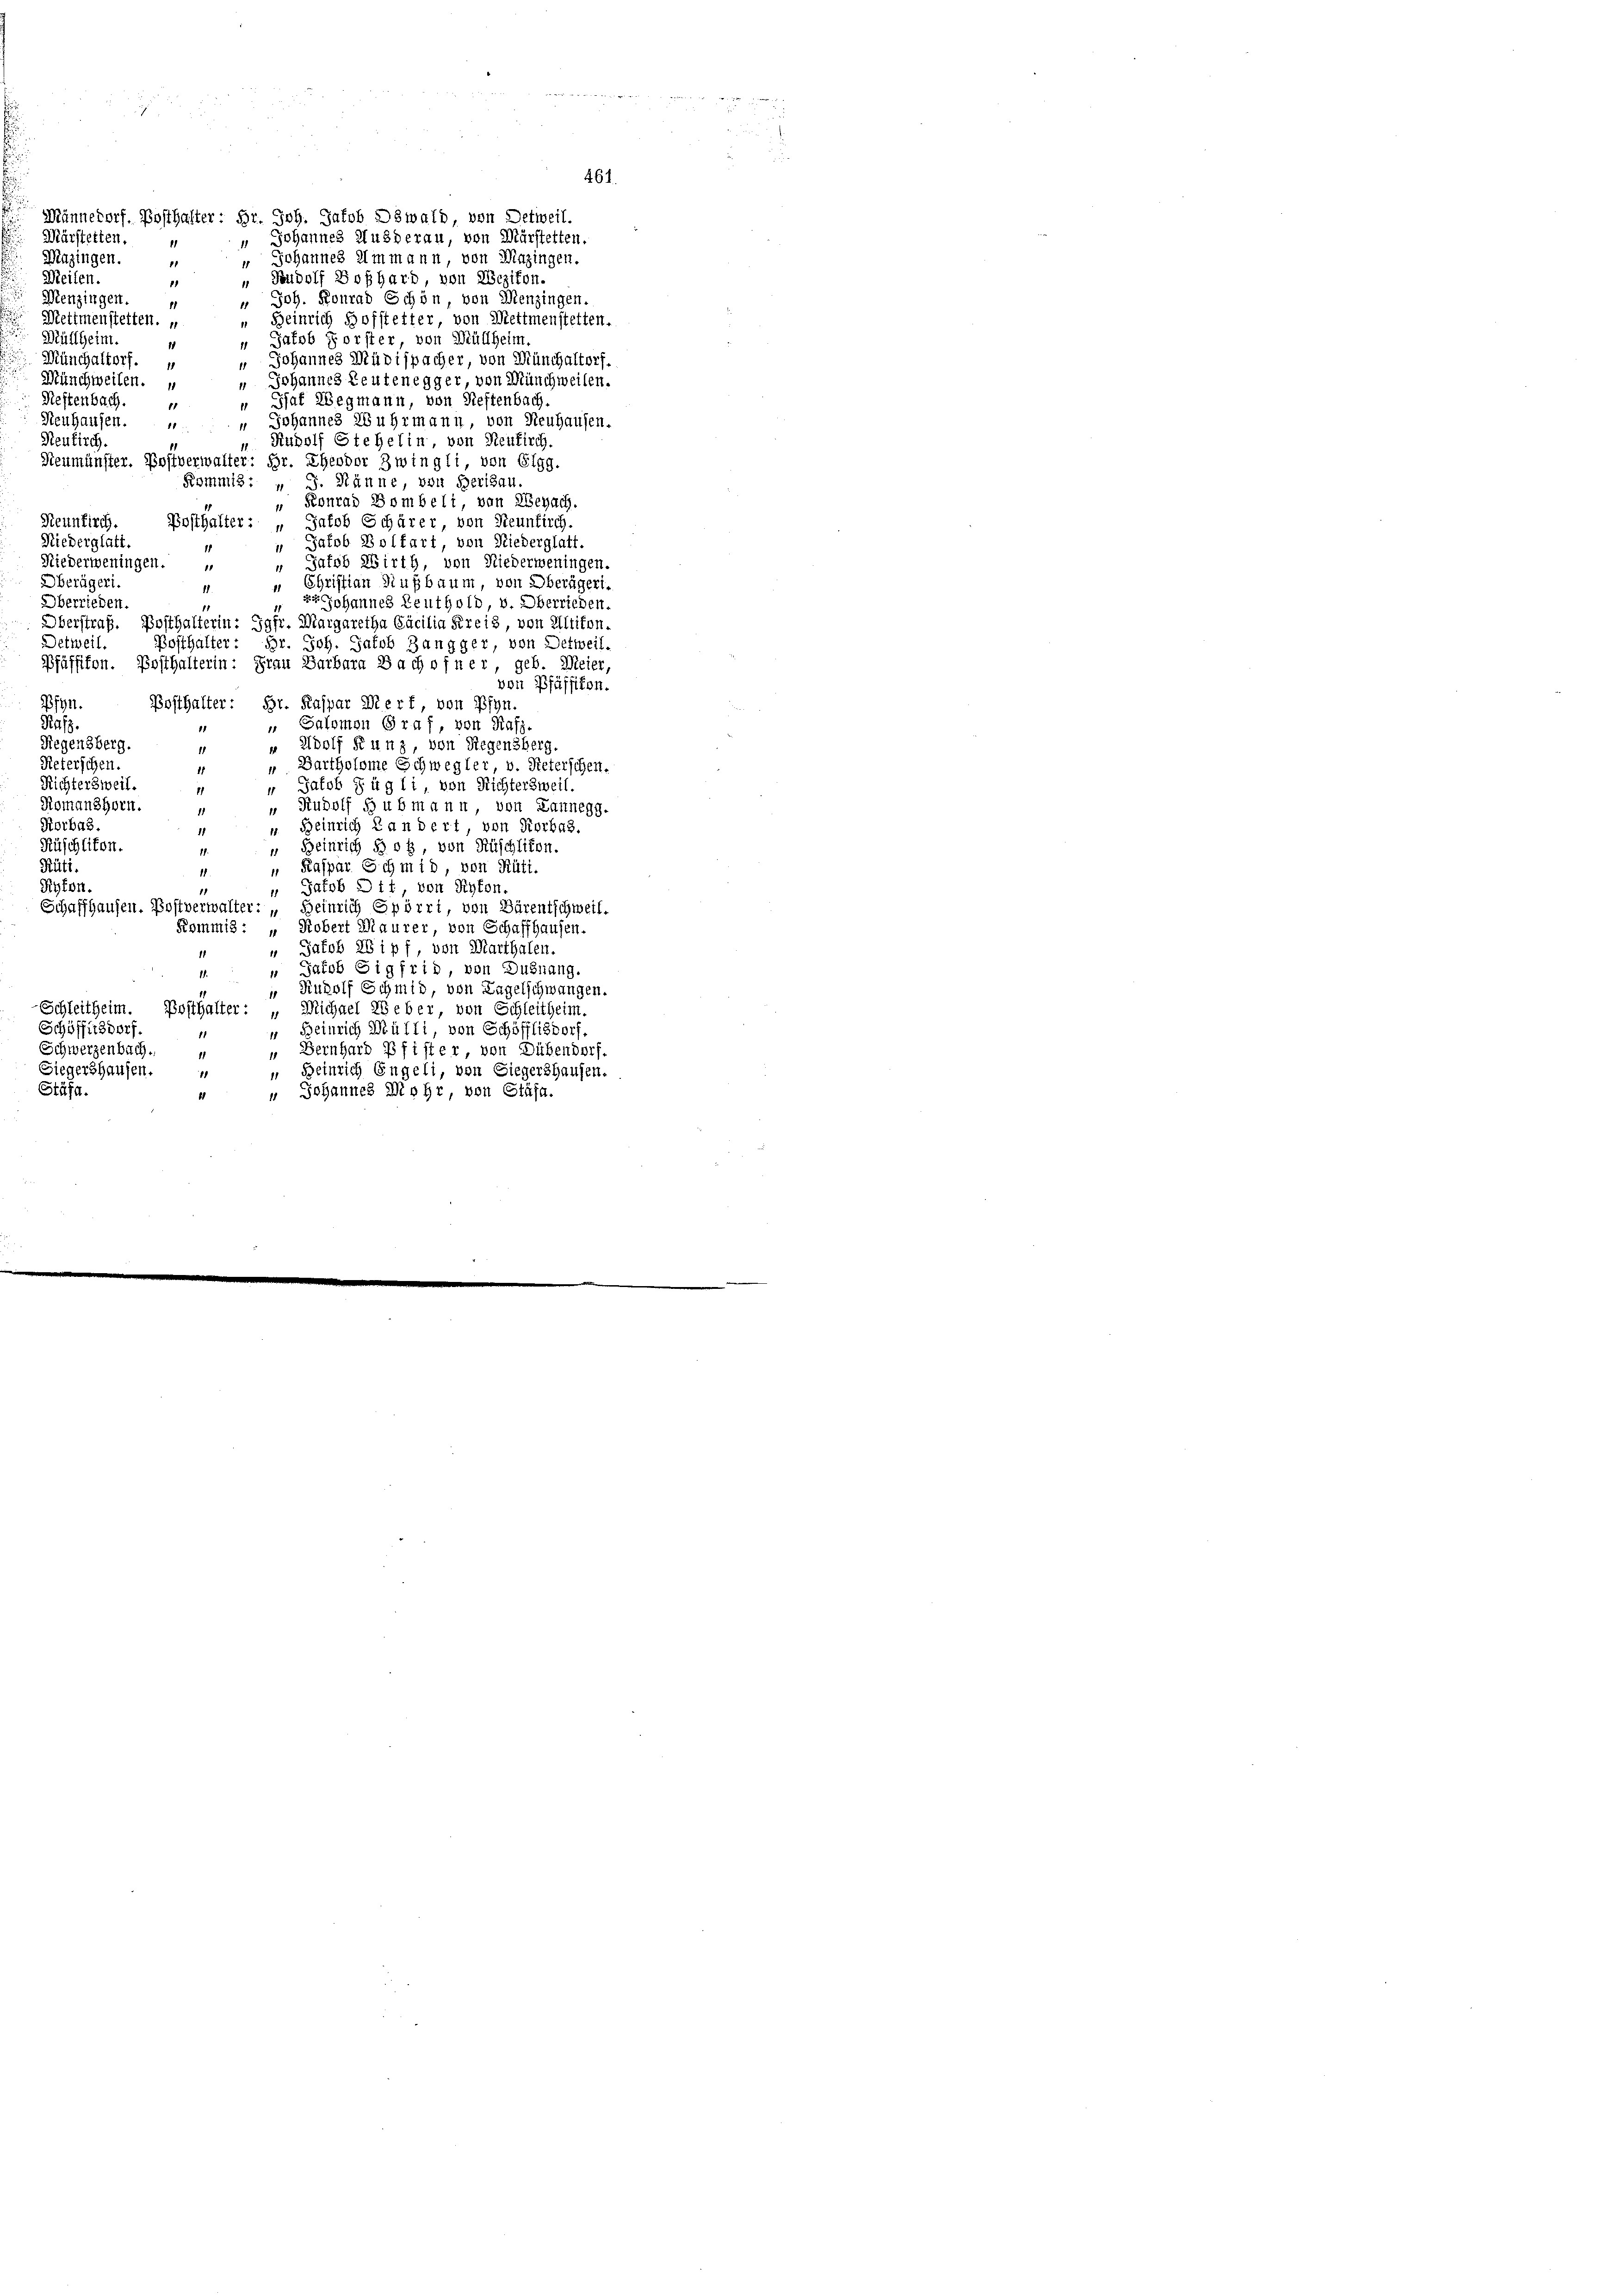
Märstetten.
Mazingen.
11
Meilen.
11
Menzingen.
Mettmenstetten. „
Müllheim.
Münchaltorf.
Münchweilen.
Restenbach.

4

Männedorf, Posthalter: Hr. Joh. Jakob Dswald, von Detweil.
Johannes Ausherau, von Märstelten.
1
Johannes Immann, von Mazingen.
Rudolf Boßhard, von Wezikon.
 Joh. Konrad Schön, von Menzingen.
Heinrich Hofstetter, von Mettmenstetten.
Jakob Forster, von Müllhein
" Johannes Müdispacher, von Münchaltorf.
Johannes Leutenegger, von Münchweilen.
 That Wegmann, von Restenbach.
Neuhausen.
 Johannes Wuhrmann, von Neuhausen.
11
Neukirch
 Rudolf Stehelin, von Neukirch.
Neumünster. Postverwalter: Hr. Theodor Zwingli, von Elgg.
Kommis: " J. Manne, von Berisau
 Konrad Bombelt von Benach.
Neunkirch
Posthalter: „Jakob Schärer, von Neunkirch.
Niederglatt.
“ Jakob Bolfart, von Niederglatt.
1
Gatsb Wirth, von Niederweningen.
Niederweningen.
Oberägeri.
" Christian Nußbaum, von Oberägeri.
Oberrieden
rr Johannes Reuthold, v. Oberrieden.
Oberstraf. Posthalterin: Jgfr. Margaretha Gäcilia Kreis, von Altikon,
Detweil
Bosthalter: Hr. Joh. Jakob Zangger, von Detweil.
Pfäffikon. Ersthalterin: Frau Barbara Bachofner, geb. Meier
von Pfäffikon.
B1911.
Posthalter: Hr. Kaspar Wert, von Pfyn,
Rufs.
" Salomon Graf, von Rafs-
11
Regensberg.
 Adolf Kunz, von Riegensberg.
1
Reterschen.
Bartholome Schwegler, v. Peterschen.
Richtersweil.
Gatob Fügli, von Richtersweil.
11
Romanshorn.
" Rudolf Hubmann, von Lannegg.
Rorbas.
Heinrich Landert, von Korbas.
1
1
Rüschliton.
“ Heinrich hof, von Rüschlikon.
1.
Rüti.
 Kaspar Schmid von Rüti.
11
Ryton.
" Jacob Ott, von Pyton.
1
Schaffhausen. Postverwalter: „Heinrich Spörri, von Bärentschweil.
Kommis: „Kobert Maurer, von Schaffhausen.
 Jakob 28 ipf, von Marthalen.
1. " Jakob Sigfrid, von Dußnang.
“ Rudolf Schmid von Lagelschwangen.
Schleitheim
Posthalter: „Michael Weber von Schleitheim.
“ Beinrich Mülli, von Schöfflisdorf.
Schöfflisdorf.
Schwerzenbach
“ Bernhard Pfister, von Dübendorf.
1
Siegershausen.
 Beinrich Engeli, von Siegershausen.
18
Stäfa.
" Johannes Mohr, von Stäfa.
d